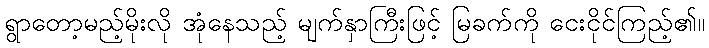
ရွာတော့မည့်မိုးလို အုံနေသည့် မျက်နှာကြီးဖြင့် မြခက်ကို ငေးငိုင်ကြည့်၏။